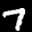
Label: 7